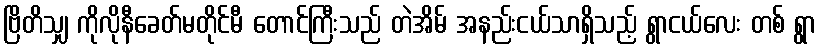
ဗြိတိသျှ ကိုလိုနီခေတ်မတိုင်မီ တောင်ကြီးသည် တဲအိမ် အနည်းငယ်သာရှိသည့် ရွာငယ်လေး တစ် ရွာ